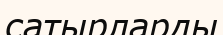
сатырларды